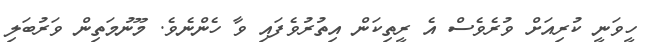
ހީވަނީ ކުރިއަށް ވުރެވެސް އެ ރީތިކަން އިތުރުވެފައި ވާ ހެންނެވެ. މޫނުމަތިން ވަރުބަލި